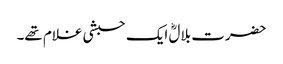
حضرت بلالؓ ایک حبشی غلام تھے۔